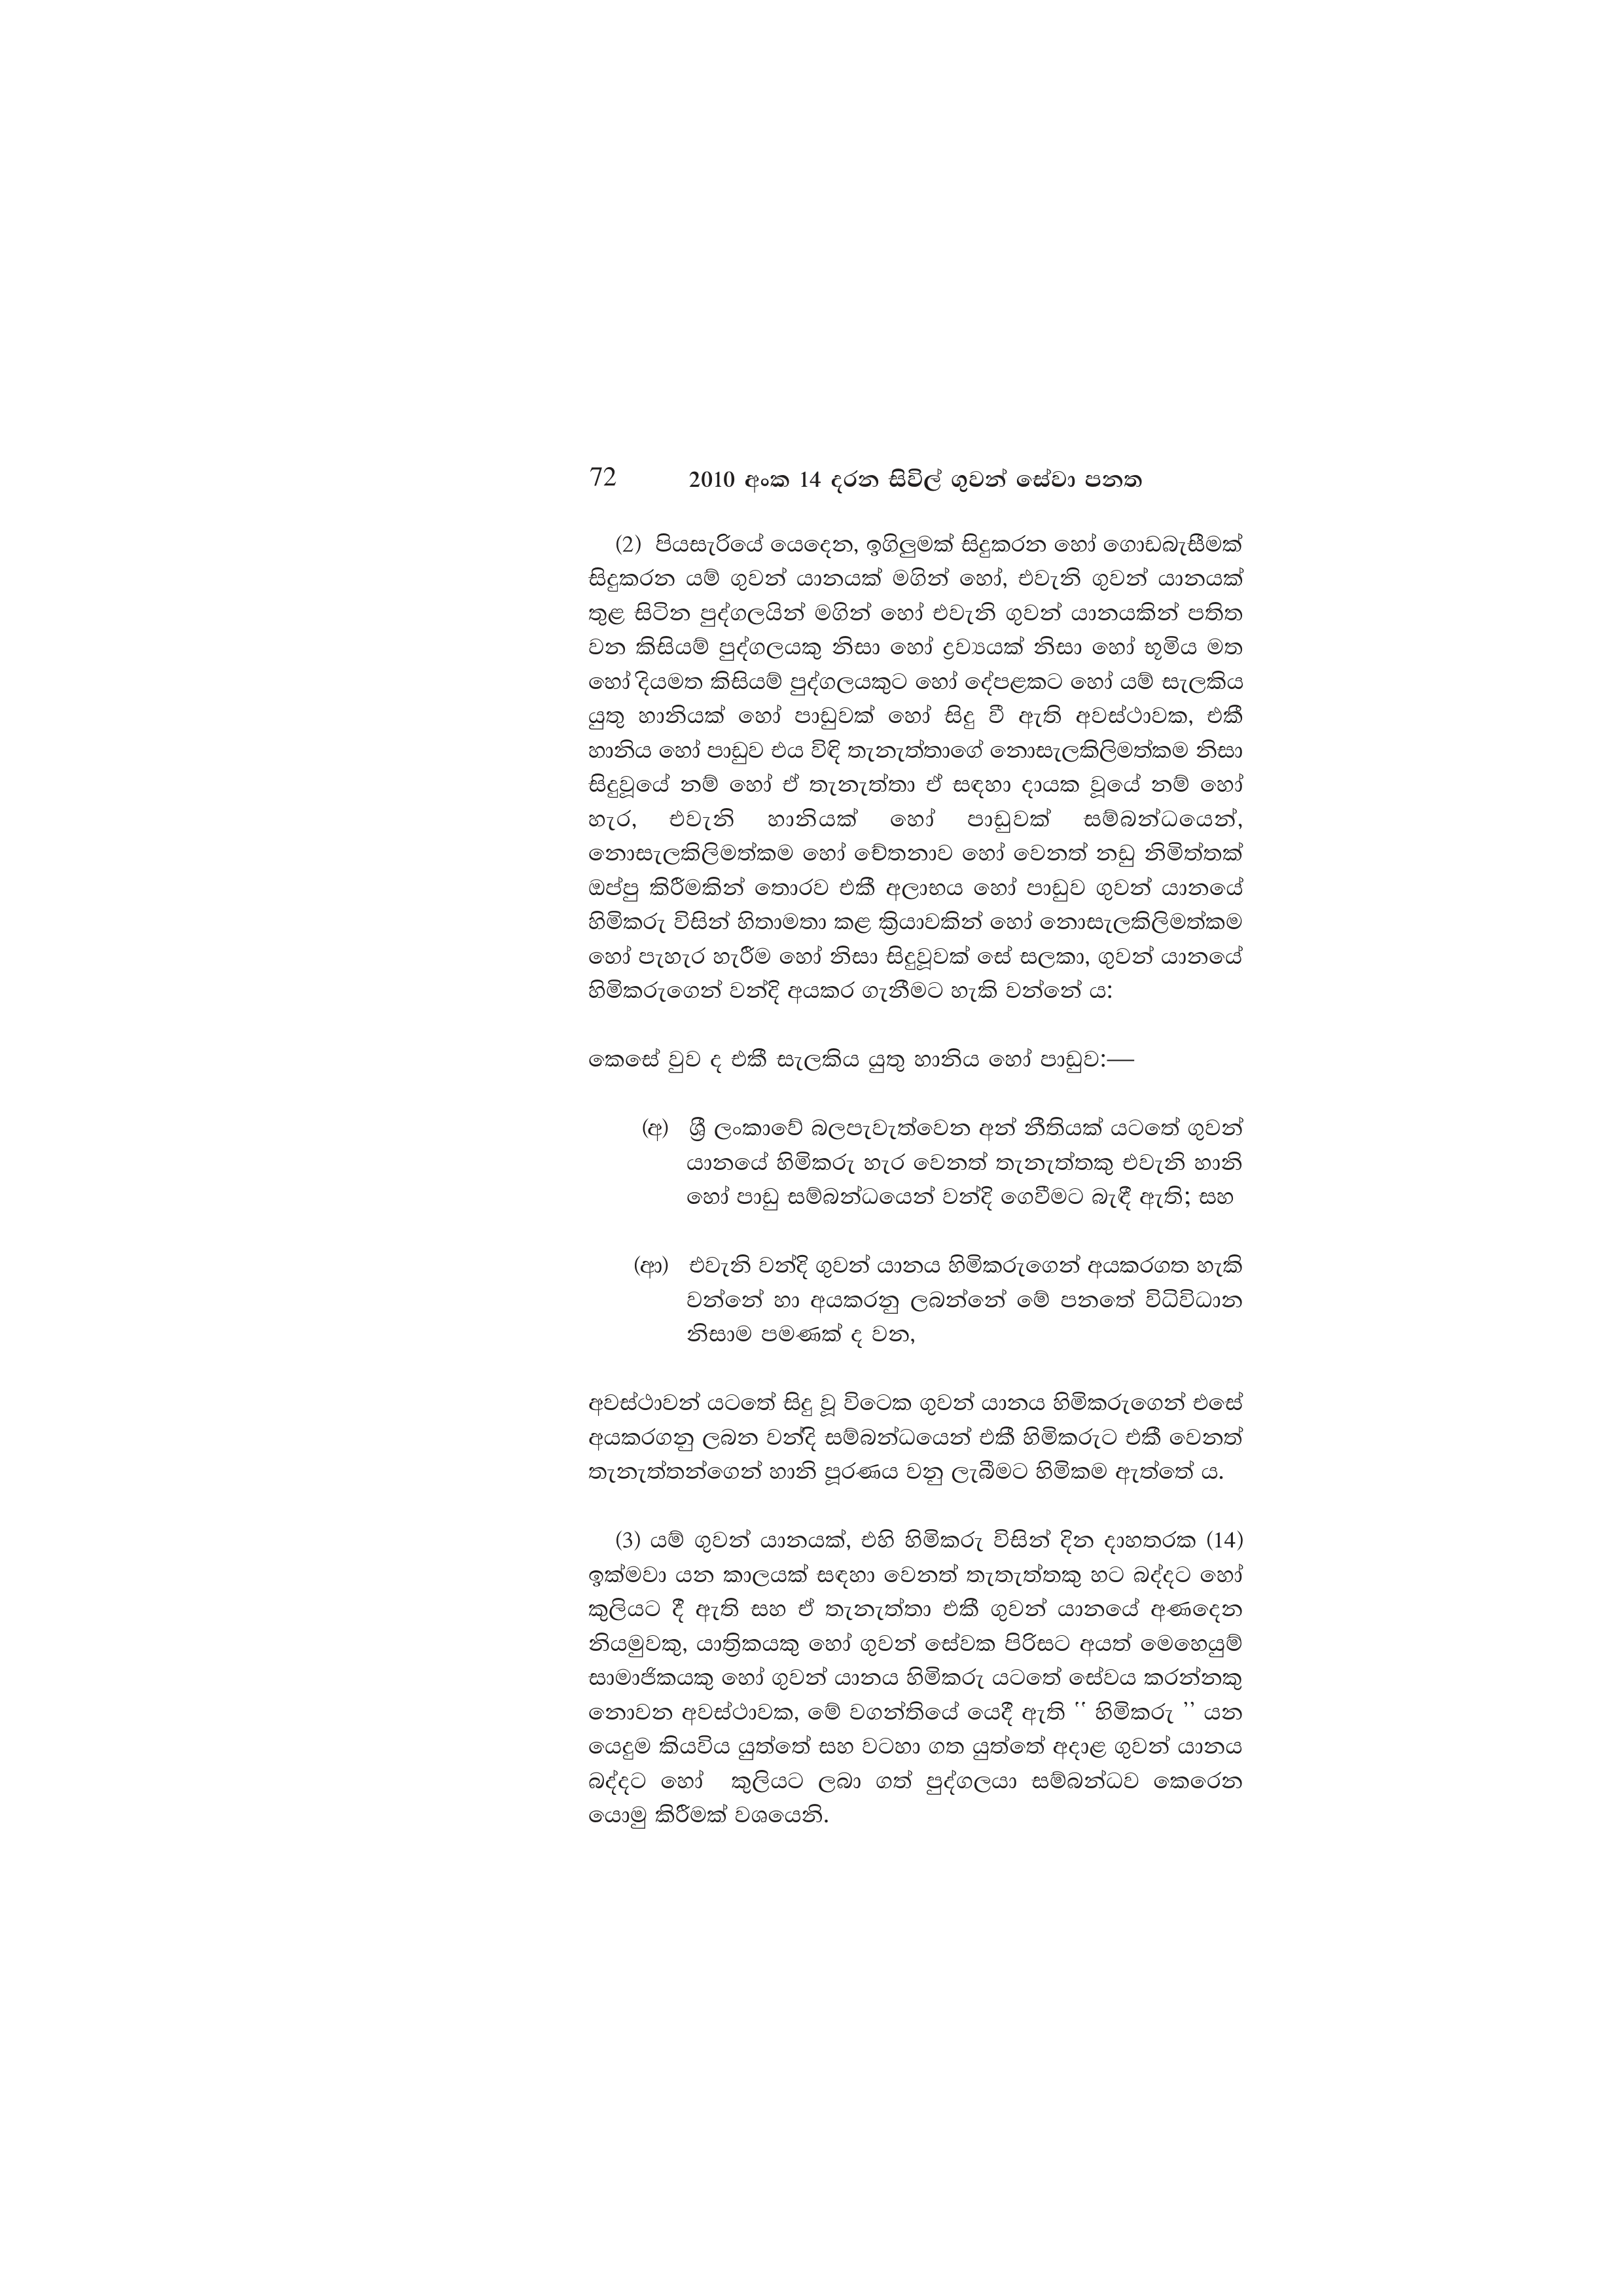
72 2010 අංක 14 දරන සිවිල් ගුවන් සේවා පනත

(2) පියසැරියේ යෙදෙන, ඉගිලුමක් සිදුකරන හෝ ගොඩබැසීමක්
සිදුකරන යම් ගුවන් යානයක් මගින් හෝ, එවැනි ගුවන් යානයක්
තුළ සිටින පුද්ගලයින් මගින් හෝ එවැනි ගුවන් යානයකින් පතිත
වන කිසියම් පුද්ගලයකු නිසා හෝ ද්‍රව්‍යයක් නිසා හෝ භූමිය මත
හෝ දියමත කිසියම් පුද්ගලයකුට හෝ දේපළකට හෝ යම් සැලකිය
යුතු හානියක් හෝ පාඩුවක් හෝ සිදු වී ඇති අවස්ථාවක, එකී
හානිය හෝ පාඩුව එය විඳි තැනැත්තාගේ නොසැලකිලිමත්කම නිසා
සිදුවූයේ නම් හෝ ඒ තැනැත්තා ඒ සඳහා දායක වූයේ නම් හෝ
හැර, එවැනි හානියක් හෝ පාඩුවක් සම්බන්ධයෙන්,
නොසැලකිලිමත්කම හෝ චේතනාව හෝ වෙනත් නඩු නිමිත්තක්
ඔප්පු කිරීමකින් තොරව එකී අලාභය හෝ පාඩුව ගුවන් යානයේ
හිමිකරු විසින් හිතාමතා කළ ක්‍රියාවකින් හෝ නොසැලකිලිමත්කම
හෝ පැහැර හැරීම හෝ නිසා සිදුවූවක් සේ සලකා, ගුවන් යානයේ
හිමිකරුගෙන් වන්දි අයකර ගැනීමට හැකි වන්නේ ය:

කෙසේ වුව ද එකී සැලකිය යුතු හානිය හෝ පාඩුව:—

(අ) ශ්‍රී ලංකාවේ බලපැවැත්වෙන අන් නීතියක් යටතේ ගුවන්
යානයේ හිමිකරු හැර වෙනත් තැනැත්තකු එවැනි හානි
හෝ පාඩු සම්බන්ධයෙන් වන්දි ගෙවීමට බැඳී ඇති; සහ

(ආ) එවැනි වන්දි ගුවන් යානය හිමිකරුගෙන් අයකරගත හැකි
වන්නේ හා අයකරනු ලබන්නේ මේ පනතේ විධිවිධාන
නිසාම පමණක් ද වන,

අවස්ථාවන් යටතේ සිදු වූ විටෙක ගුවන් යානය හිමිකරුගෙන් එසේ
අයකරගනු ලබන වන්දි සම්බන්ධයෙන් එකී හිමිකරුට එකී වෙනත්
තැනැත්තන්ගෙන් හානි පූරණය වනු ලැබීමට හිමිකම ඇත්තේ ය.

(3) යම් ගුවන් යානයක්, එහි හිමිකරු විසින් දින දාහතරක (14)
ඉක්මවා යන කාලයක් සඳහා වෙනත් තැතැත්තකු හට බද්දට හෝ
කුලියට දී ඇති සහ ඒ තැනැත්තා එකී ගුවන් යානයේ අණදෙන
නියමුවකු, යාත්‍රිකයකු හෝ ගුවන් සේවක පිරිසට අයත් මෙහෙයුම්
සාමාජිකයකු හෝ ගුවන් යානය හිමිකරු යටතේ සේවය කරන්නකු
නොවන අවස්ථාවක, මේ වගන්තියේ යෙදී ඇති " හිමිකරු ” යන
යෙදුම කියවිය යුත්තේ සහ වටහා ගත යුත්තේ අදාළ ගුවන් යානය
බද්දට හෝ කුලියට ලබා ගත් පුද්ගලයා සම්බන්ධව කෙරෙන
යොමු කිරීමක් වශයෙනි.